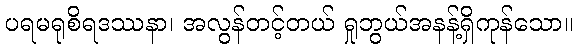
ပရမရုစိရဒဿနာ၊ အလွန်တင့်တယ် ရှုဘွယ်အနန့်ရှိကုန်သော။